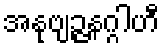
အနုဗျဉ္ဇနဂ္ဂါဟီ